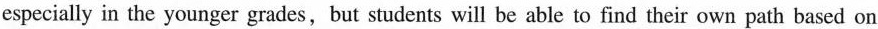
especially in the younger grades,but students will be able to find their own path based on